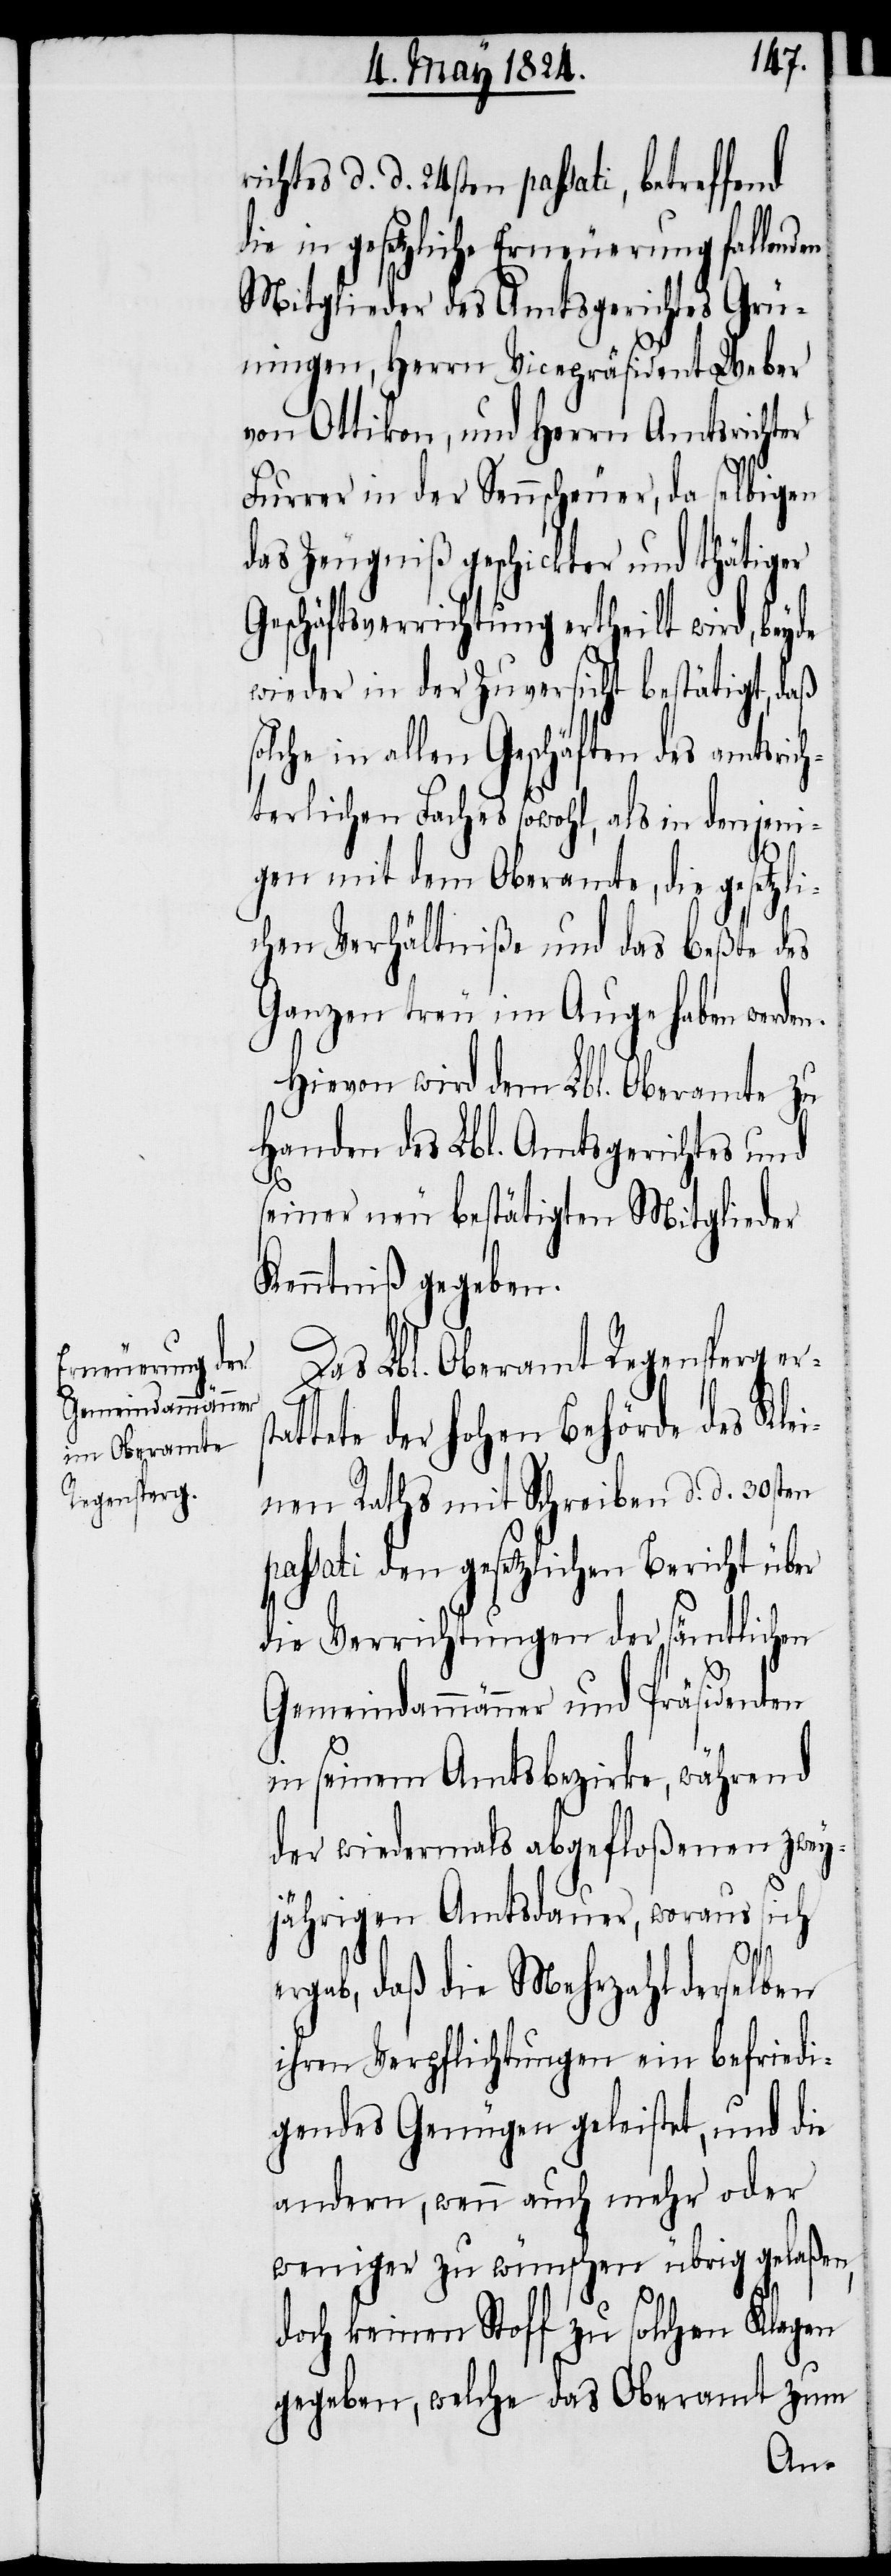
richtes d. d. 24sten passati, betreffend
die in gesetzliche Erneuerung fallenden
Mitglieder des Amtsgerichtes Grü¬
ningen, Herrn Vicepräsident Weber
von Ottikon, und Herrn Amtsrichter
Furrer in der Sennscheuer, da selbigen
das Zeugniß geschickter und thätiger
Geschäftsverrichtung ertheilt wird, bey¬
wieder in der Zuversicht bestätigt, daß
solche in allen Geschäften des amtsrich¬
terlichen Faches sowohl, als in denjeni¬
gen mit dem Oberamte, die gesetzl¬
ichen Verhältniße und das Beßte des
Ganzen treu im Auge haben werden.
Hievon wird dem Lbl. Oberamte zu
Handen des Lbl. Amtsgerichtes und
st¬
seiner neu bestätigten Mitglieder
Kenntniß gegeben.
Das Lbl. Oberamt Regensperg er¬
attete der hohen Behörde des Klei¬
nen Raths mit Schreiben d. d. 30sten
passati den gesetzlichen Bericht über
die Verrichtungen der sämtlichen
Gemeindammänner und Präsidenten
in seinem Amtsbezirke, während
der wiedermals abgefloßenen zwey¬
jährigen Amtsdauer, woraus sich
ergab, daß die Mehrzahl derselben
ihren Verpflichtungen ein befriedi¬
gendes Genügen geleistet, und die
andern, wenn auch mehr oder
weniger zu wünschen übrig gelaßen,
doch keinen Stoff zu solchen Klagen
gegeben, welche das Oberamt zum